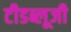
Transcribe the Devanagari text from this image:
टीडब्लूजी